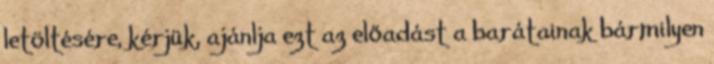
letöltésére, kérjük, ajánlja ezt az előadást a barátainak bármilyen